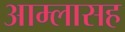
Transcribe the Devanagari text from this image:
आम्लासह